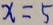
x = 5